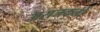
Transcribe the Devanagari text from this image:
अराजकतों